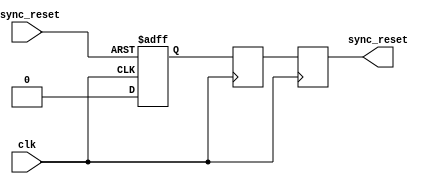
module async_reset_synchronizer (
    input wire async_reset,     // Asynchronous reset input
    input wire clk,            // Clock input
    output reg sync_reset      // Synchronized reset output
);

    // Two flip-flops for synchronizing the asynchronous reset signal
    reg ff1, ff2;

    always @(posedge clk or posedge async_reset) begin
        if (async_reset) begin
            ff1 <= 1'b1;        // If async_reset is asserted, set ff1 high
        end else begin
            ff1 <= 1'b0;        // Otherwise, clear ff1
        end
    end

    always @(posedge clk) begin
        ff2 <= ff1;              // Synchronize ff1 to the clock domain
    end

    always @(posedge clk) begin
        sync_reset <= ff2;      // Output the synchronized reset
    end

endmodule